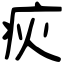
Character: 疢